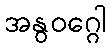
အနွဝဂ္ဂေါ